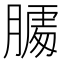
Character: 𰗌